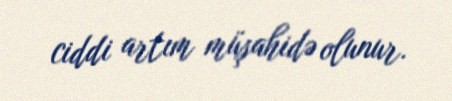
ciddi artım müşahidə olunur.